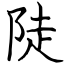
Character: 陡